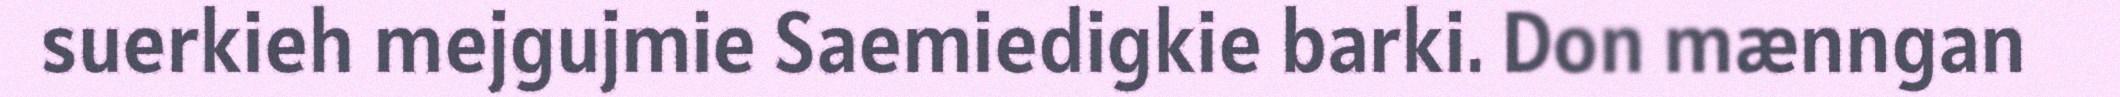
suerkieh mejgujmie Saemiedigkie barki. Don mænngan